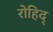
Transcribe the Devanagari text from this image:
रोहिद्